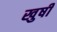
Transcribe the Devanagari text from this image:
खुषी